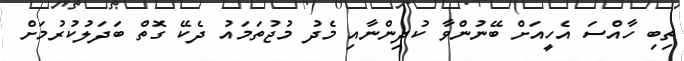
ތިބި ހާއްސަ އެހީއަށް ބޭނުންވާ ކުދިންނާއި މެދު މުޖުތަމައު ދެކޭ ގޮތް ބަދަލުކުރުމަށް